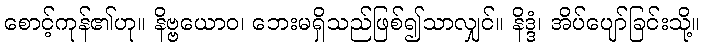
စောင့်ကုန်၏ဟု။ နိဗ္ဗယောဝ၊ ဘေးမရှိသည်ဖြစ်၍သာလျှင်။ နိဒ္ဒံ၊ အိပ်ပျော်ခြင်းသို့။